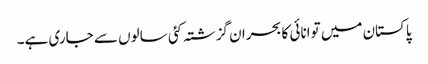
پاکستان میں توانائی کا بحران گزشتہ کئی سالوں سے جاری ہے۔